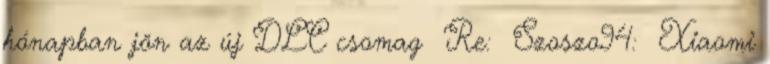
hónapban jön az új DLC csomag Re: Szoszo94: Xiaomi